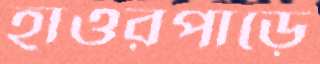
হাওরপাড়ে